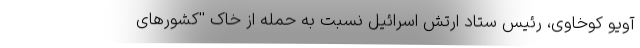
آویو کوخاوی، رئیس ستاد ارتش اسرائیل نسبت به حمله از خاک ''کشورهای